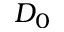
D _ { 0 }